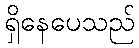
ရှိနေပေသည်